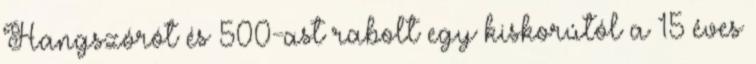
Hangszórót és 500-ast rabolt egy kiskorútól a 15 éves